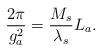
LaTeX: \begin{align*}\frac{2\pi}{g_a^2}=\frac{M_s}{\lambda_s}L_a.\end{align*}